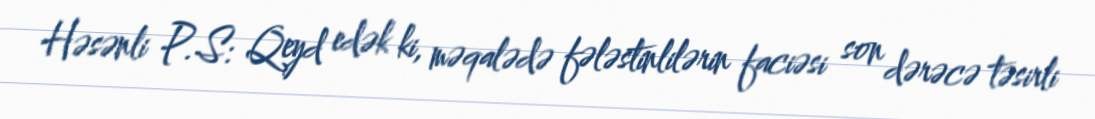
Həsənli P.S: Qeyd edək ki, məqalədə fələstinlilərin faciəsi son dərəcə təsirli